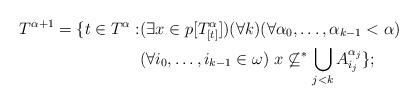
LaTeX: \begin{align*}T^{\alpha+1}=\{t\in T^{\alpha}:&(\exists x\in p[T^{\alpha}_{[t]}])(\forall k)(\forall \alpha_0,\ldots,\alpha_{k-1}<\alpha)\\&(\forall i_0,\ldots, i_{k-1}\in\omega)\ x\not\subseteq^*\bigcup_{j<k} A^{\alpha_j}_{i_j}\};\end{align*}